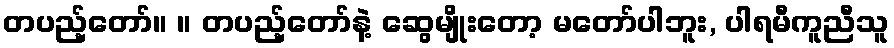
တပည့်တော်။ ။ တပည့်တော်နဲ့ ဆွေမျိုးတော့ မတော်ပါဘူး, ပါရမီကူညီသူ